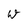
Character: w